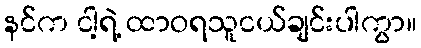
နင်က ငါ့ရဲ့ ထာဝရသူငယ်ချင်းပါကွာ။